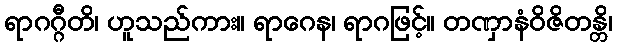
ရာဂဂ္ဂီတိ၊ ဟူသည်ကား။ ရာဂေန၊ ရာဂဖြင့်။ တဏှာနံဝိဇိတန္တိ၊